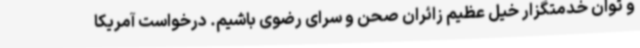
و توان خدمتگزار خیل عظیم زائران صحن و سرای رضوی باشیم. درخواست آمریکا